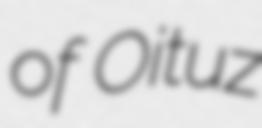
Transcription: of Oituz